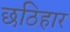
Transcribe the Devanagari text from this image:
छठिहार